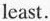
least.